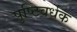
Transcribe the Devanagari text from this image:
पुष्टिवर्धक